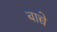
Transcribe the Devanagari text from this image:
बाच्चे